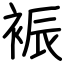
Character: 裖